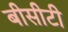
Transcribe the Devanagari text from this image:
बीसीटी